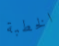
الخطبة